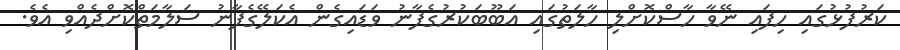
ކަރުފުޅުގައި ހިފައި ނޭވާ ހާސްކޮށްލި ހާލަތުގައި އަބޫބަކުރުގެފާނު ވަޑައިގެން އެކަލޭގެފާނު ސަލާމަތްކޮށްދެއްވި އެވެ.